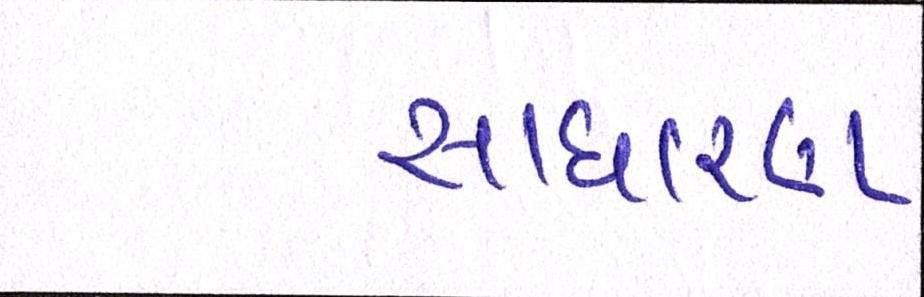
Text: સાઘારણ